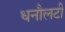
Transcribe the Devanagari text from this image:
धनौलटी